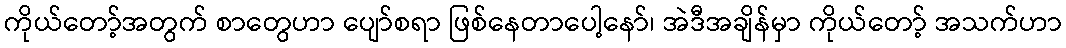
ကိုယ်တော့်အတွက် စာတွေဟာ ပျော်စရာ ဖြစ်နေတာပေါ့နော်၊ အဲဒီအချိန်မှာ ကိုယ်တော့် အသက်ဟာ